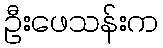
ဦးဖေသန်းက